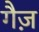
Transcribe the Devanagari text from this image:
गैज़